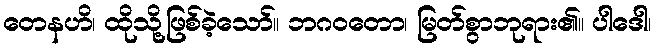
တေနဟိ၊ ထိုသို့ဖြစ်ခဲ့သော်။ ဘဂဝတော၊ မြတ်စွာဘုရား၏။ ပါဒေါ၊